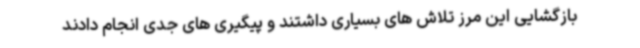
بازگشایی این مرز تلاش های بسیاری داشتند و پیگیری های جدی انجام دادند